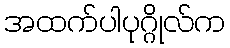
အထက်ပါပုဂ္ဂိုလ်က